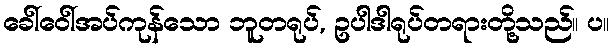
ခေါ်ဝေါ်အပ်ကုန်သော ဘူတရုပ်, ဥပါဒါရုပ်တရားတို့သည်။ ပ။